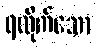
ရထိုက်သော